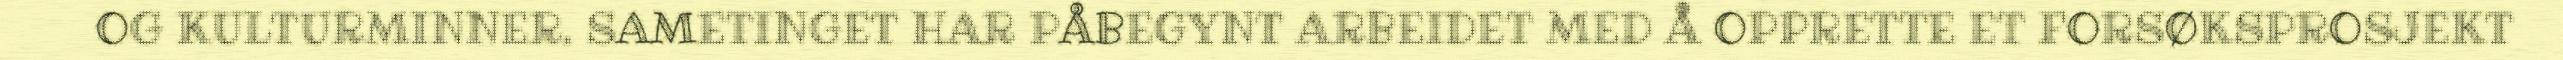
OG KULTURMINNER. SAMETINGET HAR PÅBEGYNT ARBEIDET MED Å OPPRETTE ET FORSØKSPROSJEKT